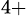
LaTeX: ^{4+}